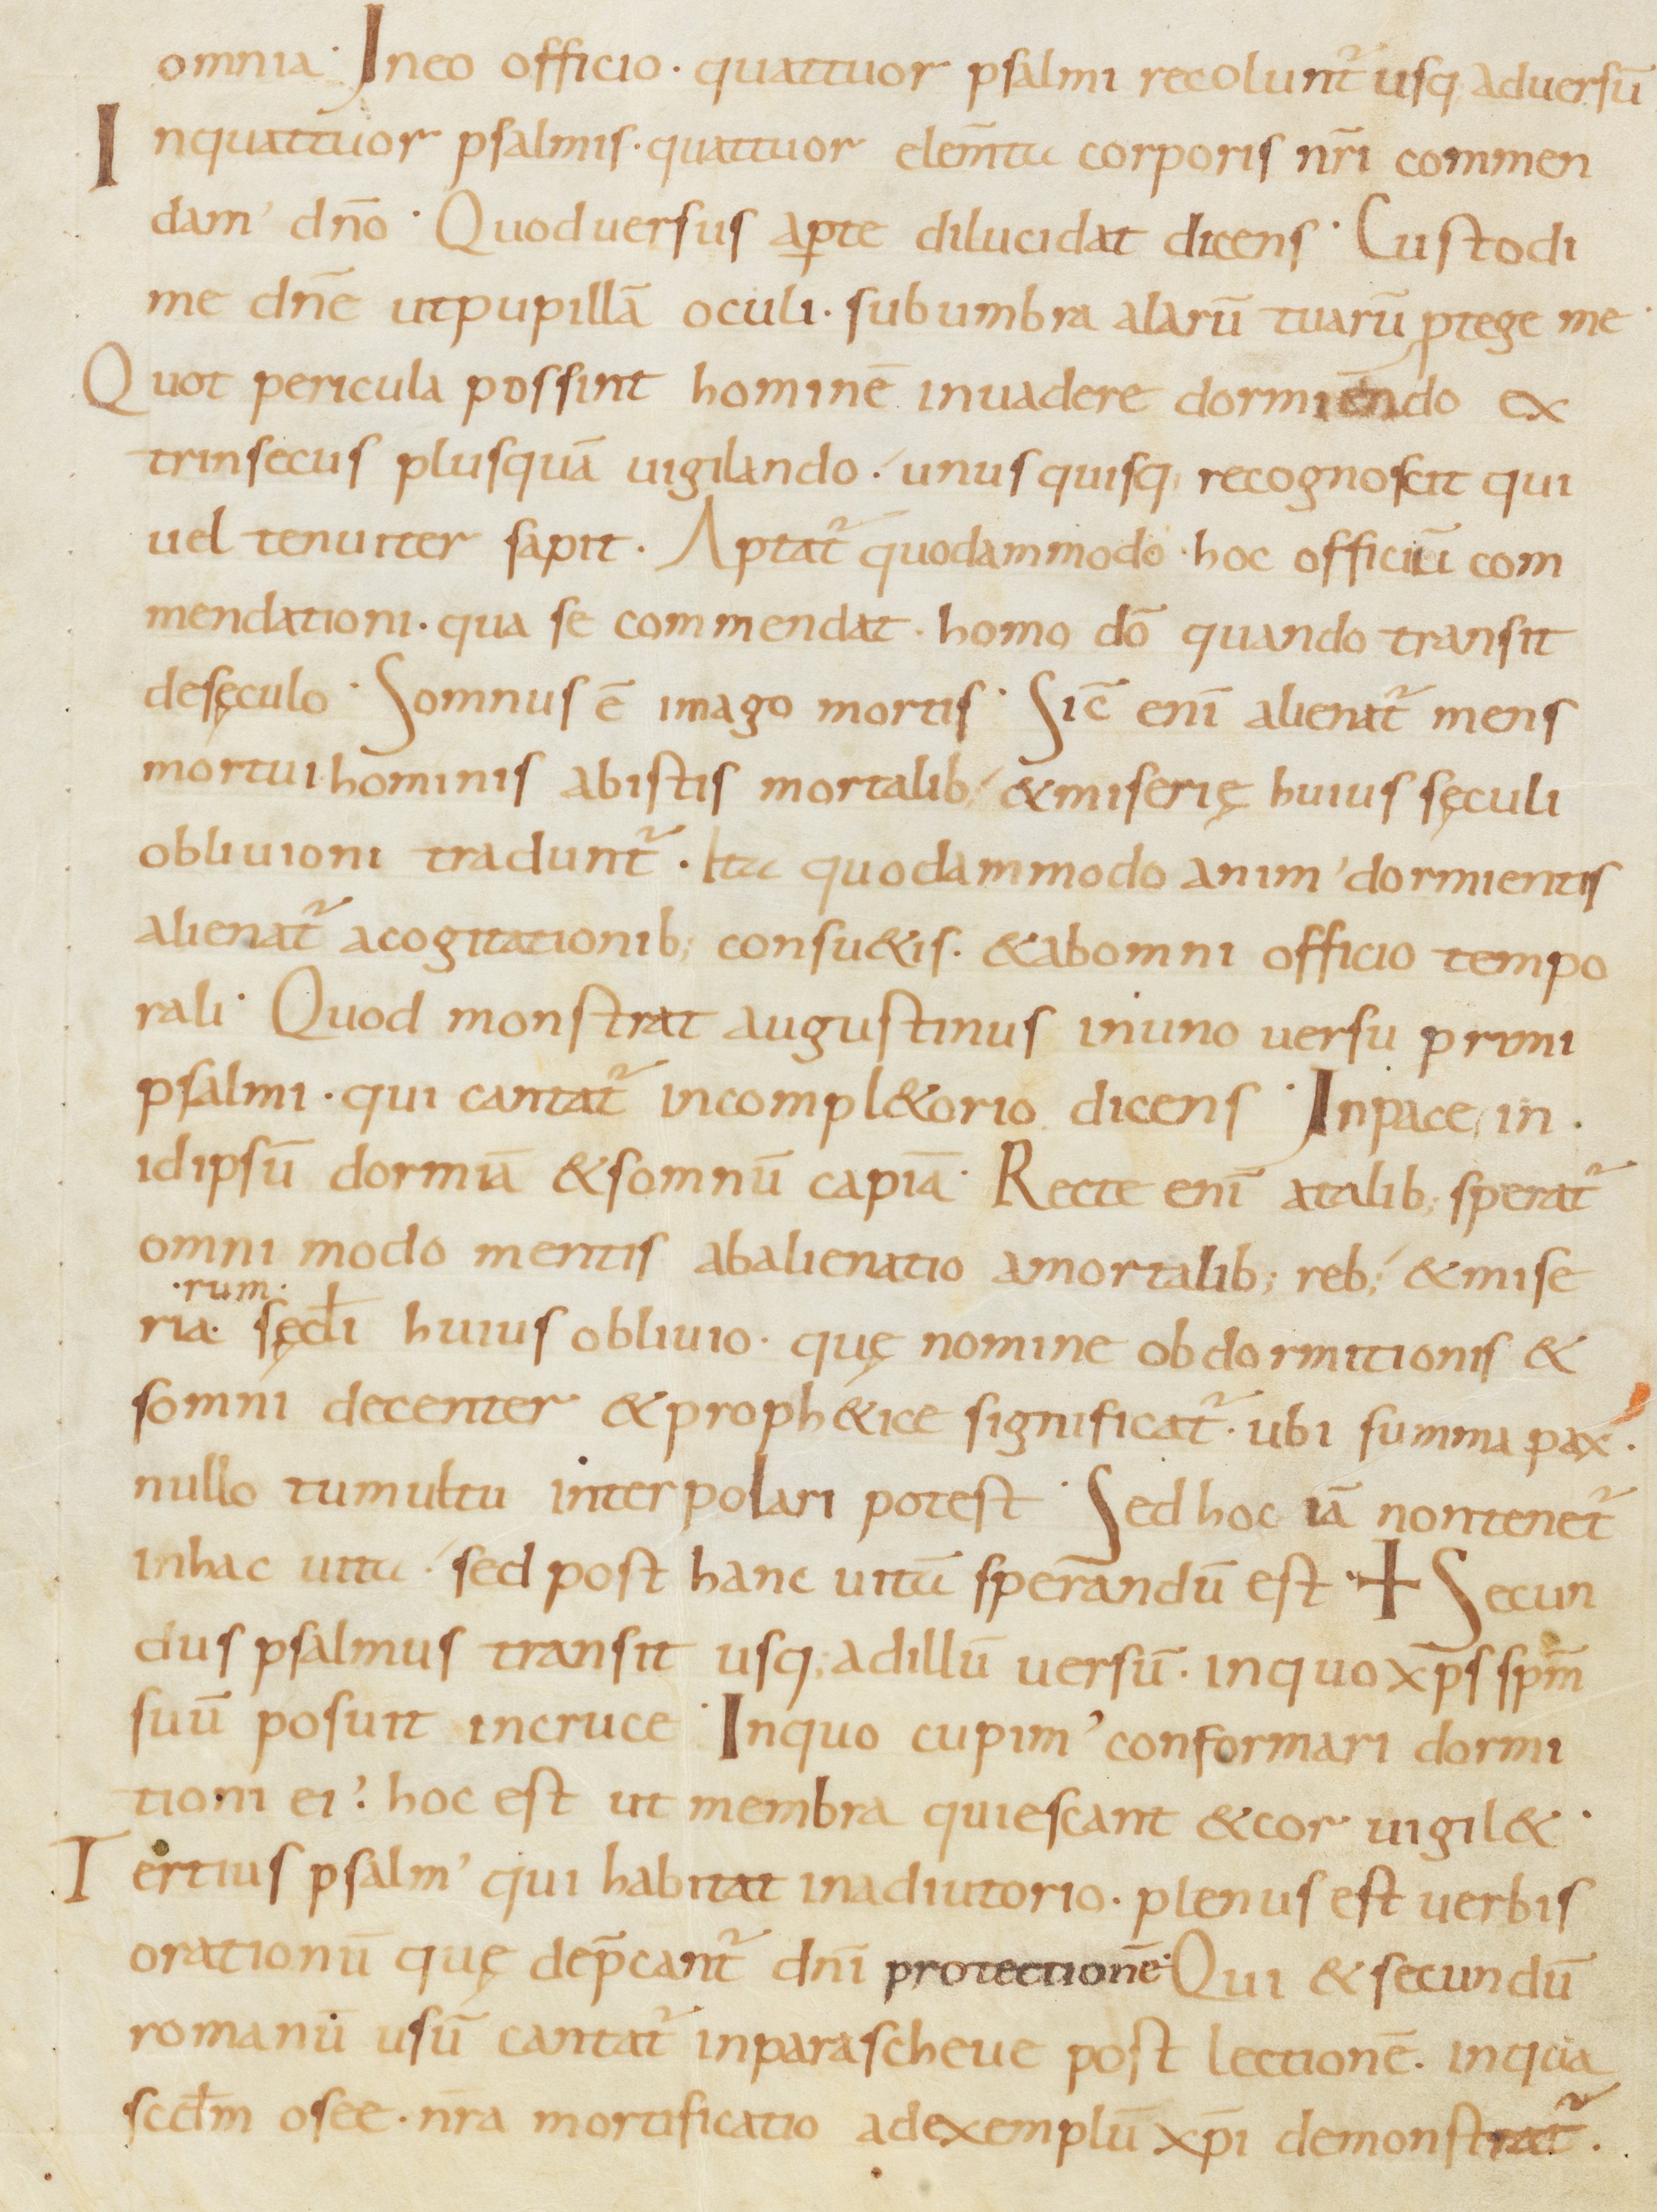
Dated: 800–899